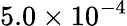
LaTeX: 5.0\times 10^{-4}